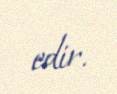
edir.